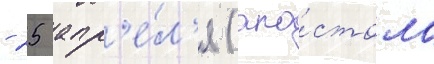
- 25 апр'е́л'я (апо́стола